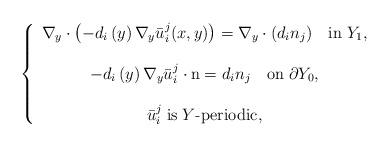
LaTeX: \begin{align*}\left\{ \begin{array}{c}\nabla_{y}\cdot\left(-d_{i}\left(y\right)\nabla_{y}\bar{u}_{i}^{j}(x,y)\right)=\nabla_{y}\cdot (d_i n_j)\quad\mbox{in}\;Y_{1},\\\\-d_{i}\left(y\right)\nabla_{y}\bar{u}_{i}^{j}\cdot\mbox{n}=d_{i}n_{j}\quad\mbox{on}\;\partial Y_{0},\\\\\bar{u}_{i}^{j}\;\mbox{is}\;Y\mbox{-periodic},\end{array}\right.\end{align*}